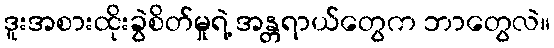
ဒူးအစားထိုးခွဲစိတ်မှုရဲ့ အန္တရာယ်တွေက ဘာတွေလဲ။